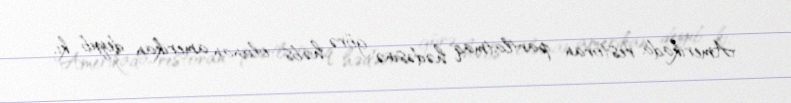
Amerikada restoran partlatmaq hədəsinə görə həbs olunan amerikan deyib ki,